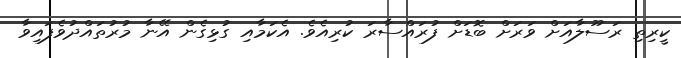
ކީރިތި ރަސޫލާއަށް ވަރަށް ބޮޑަށް ފުރައްސާރަ ކުރިއެވެ. އެކަމާއި ގުޅިގެން އޭނާ މުރުތައްދުވެފައިވާ